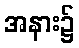
အနား၌